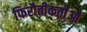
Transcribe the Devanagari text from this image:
फिरौतीकर्ताओं